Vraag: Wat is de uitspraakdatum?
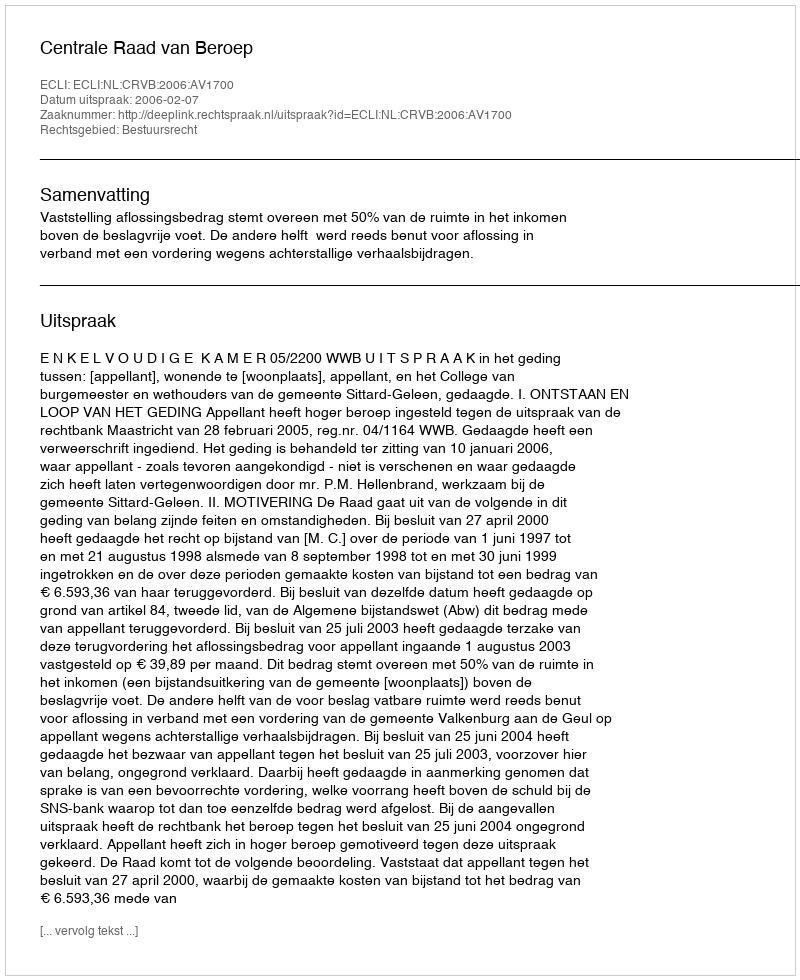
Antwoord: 2006-02-07